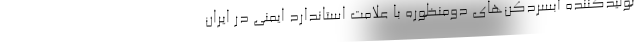
تولیدکننده آبسردکن‌های دومنظوره با علامت استاندارد ایمنی در ایران